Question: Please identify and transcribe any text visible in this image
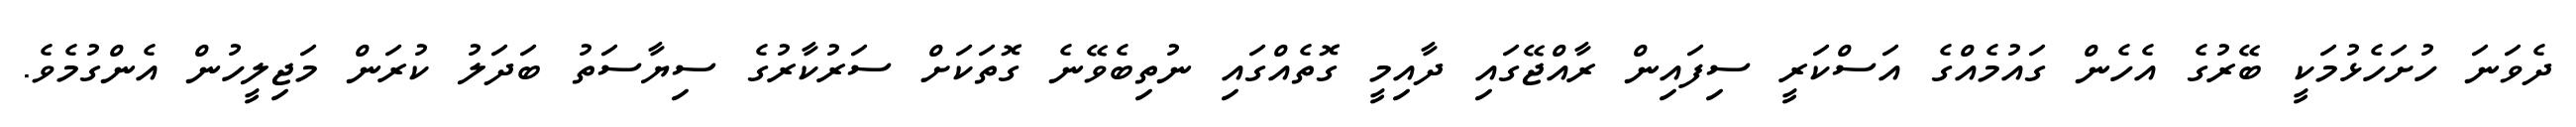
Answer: ދެވަނަ ހުށަހެޅުމަކީ ބޭރުގެ އެހެން ގައުމެއްގެ އަސްކަރީ ސިފައިން ރާއްޖޭގައި ދާއިމީ ގޮތެއްގައި ނުތިބެވޭނެ ގޮތަކަށް ސަރުކާރުގެ ސިޔާސަތު ބަދަލު ކުރަން މަޖިލީހުން އެންގުމެވެ.